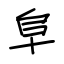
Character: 阜